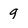
Character: 9